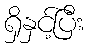
ရှိနှင့်ပြီး